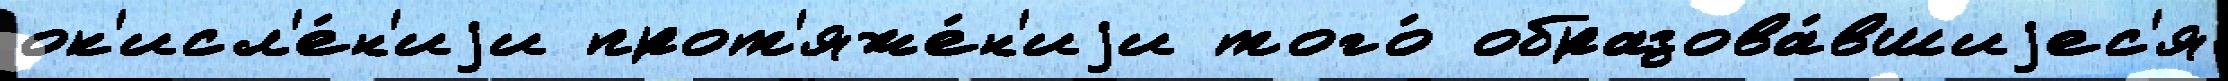
ок'исл'е́н'иjи прот'яже́н'иjи того́ образова́вшиjес'я